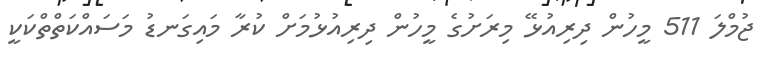
ޖުމްލަ 511 މީހުން ދިރިއުޅޭ މިރަށުގެ މީހުން ދިރިއުޅުމަށް ކުރާ މައިގަނޑު މަސައްކަތްތްކަކީ